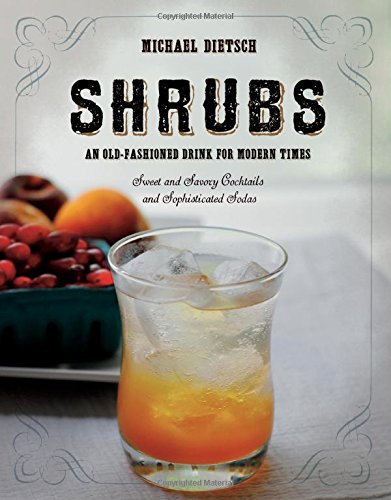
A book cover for Shrubs: An Old Fashioned Drink for Modern Times; Michael Dietsch; Cookbooks, Food & Wine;